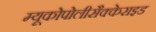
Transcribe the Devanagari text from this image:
म्यूकोपोलीसैक्केराइड